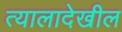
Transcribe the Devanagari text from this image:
त्यालादेखील